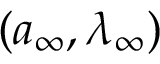
( { a } _ { \infty } , \lambda _ { \infty } )